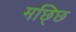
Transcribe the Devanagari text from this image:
मछ्छि